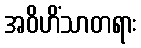
အဝိဟိံသာတရား